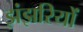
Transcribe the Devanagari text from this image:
झंझरियों